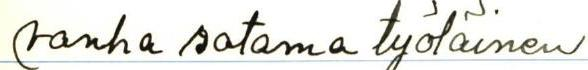
vanha satama työläinen